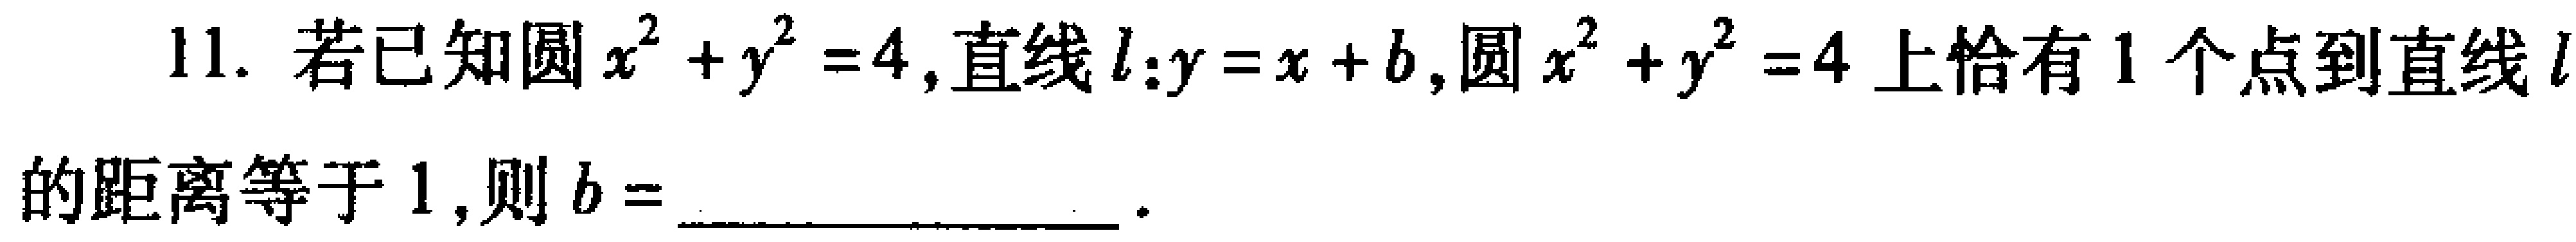
11. 若已知圆\(x^{2}+y^{2}=4\)，直线\(l:y = x + b\)，圆\(x^{2}+y^{2}=4\)上恰有\(1\)个点到直线\(l\)的距离等于\(1\)，则\(b =\)  。